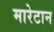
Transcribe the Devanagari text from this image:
मारेटान